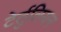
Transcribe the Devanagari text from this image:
टेर्तुलियन